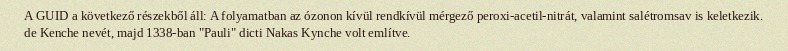
A GUID a következő részekből áll: A folyamatban az ózonon kívül rendkívül mérgező peroxi-acetil-nitrát, valamint salétromsav is keletkezik. de Kenche nevét, majd 1338-ban "Pauli" dicti Nakas Kynche volt említve.